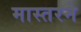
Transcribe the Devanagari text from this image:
मास्तरने